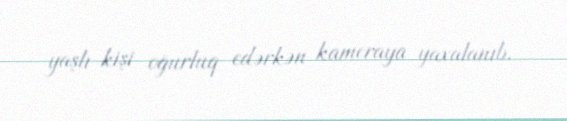
yaşlı kişi oğurluq edərkən kameraya yaxalanıb.